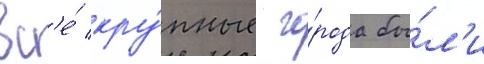
вс'е́ кру́пные го́рода бы́л'и